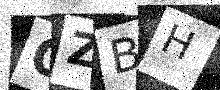
Text: OZBH